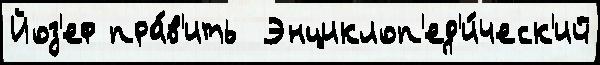
Йоз'еф пра́в'ить  Энциклоп'ед'и́ческ'ий